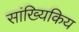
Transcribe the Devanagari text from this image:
सांख्यिकिय